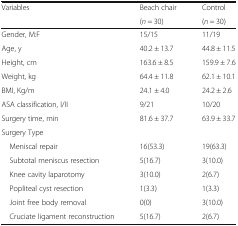
| <ROWSPAN=2> Variables | Beach chair | Control |
 | (n = 30) | (n = 30) |
 | --- | --- | --- |
 | Gender, M:F | 15/15 | 11/19 |
 | Age, y | 40.2 ± 13.7 | 44.8 ± 11.5 |
 | Height, cm | 163.6 ± 8.5 | 159.9 ± 7.6 |
 | Weight, kg | 64.4 ± 11.8 | 62.1 ± 10.1 |
 | BMI, Kg/m | 24.1 ± 4.0 | 24.2 ± 2.6 |
 | ASA classification, I/II | 9/21 | 10/20 |
 | Surgery time, min | 81.6 ± 37.7 | 63.9 ± 33.7 |
 | <COLSPAN=3> Surgery Type |
 | Meniscal repair | 16(53.3) | 19(63.3) |
 | Subtotal meniscus resection | 5(16.7) | 3(10.0) |
 | Knee cavity laparotomy | 3(10.0) | 2(6.7) |
 | Popliteal cyst resection | 1(3.3) | 1(3.3) |
 | Joint free body removal | 0(0) | 3(10.0) |
 | Cruciate ligament reconstruction | 5(16.7) | 2(6.7) |